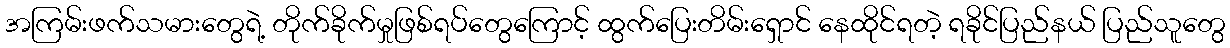
အကြမ်းဖက်သမားတွေရဲ့ တိုက်ခိုက်မှုဖြစ်ရပ်တွေကြောင့် ထွက်ပြေးတိမ်းရှောင် နေထိုင်ရတဲ့ ရခိုင်ပြည်နယ် ပြည်သူတွေ